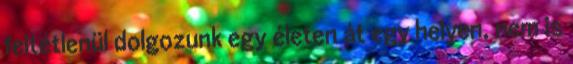
feltétlenül dolgozunk egy életen át egy helyen, nem is